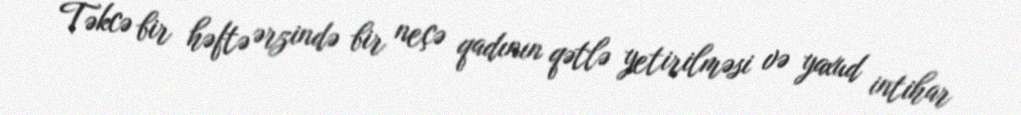
Təkcə bir həftə ərzində bir neçə qadının qətlə yetirilməsi və yaxud intihar